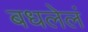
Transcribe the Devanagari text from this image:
बधलेलं